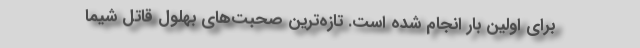
برای اولین بار انجام شده است. تازه‌ترین صحبت‌های بهلول قاتل شیما